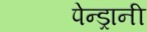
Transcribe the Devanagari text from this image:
पेन्ड्रानी